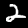
Digit: 2